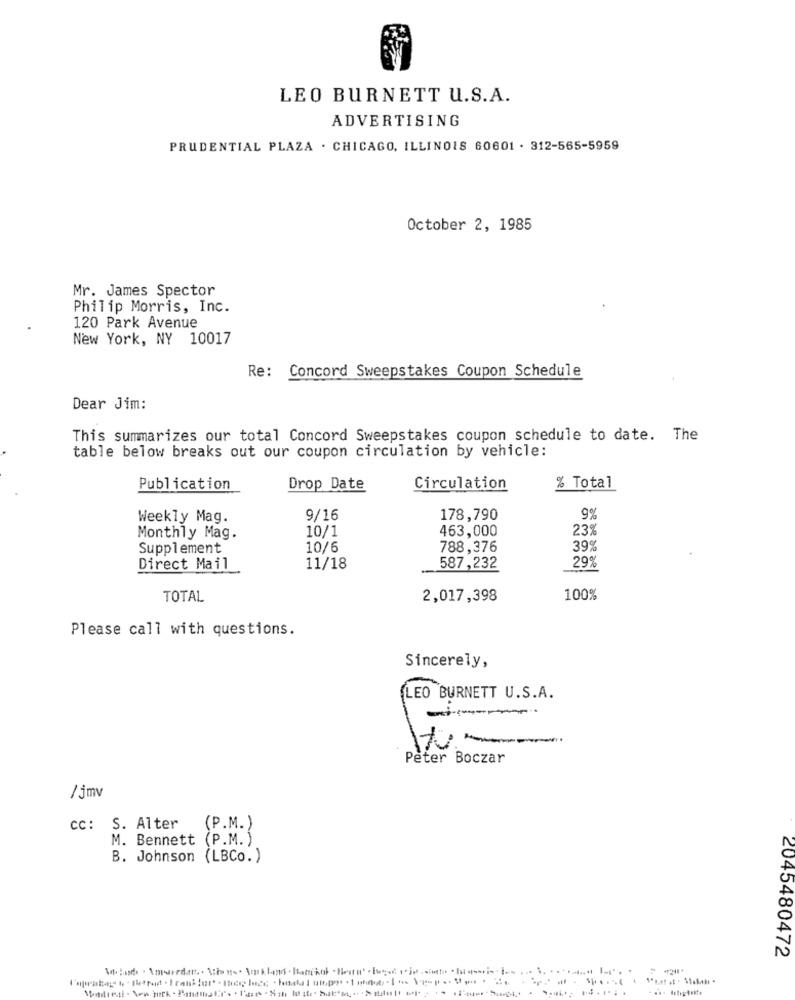
LEO BURNETT U.S.A.
ADVERTISING
PRUDENTIAL PLAZA . CHICAGO, ILLINOIS 60601 . 312-565-5959
October 2, 1985
Mr. James Spector
Philip Morris, Inc.
120 Park Avenue
New York, NY 10017
Re: Concord Sweepstakes Coupon Schedule
Dear Jim:
This summarizes our total Concord Sweepstakes coupon schedule to date. The
table below breaks out our coupon circulation by vehicle:
Publication
Drop Date
Circulation
% Total
Weekly Mag.
9/16
178,790
9%
10/1
463,000
23%
Monthly Mag.
Supplement
10/6
788,376
39%
Direct Mail
11/18
587,232
29%
TOTAL
2,017,398
100%
Please call with questions.
Sincerely,
LEO BURNETT U.S.A.
Peter Boczar
/5mv
CC: S. Alter
(P.M.)
M. Bennett
(P.M.)
B. Johnson (LBCo. )
2045480472
. .